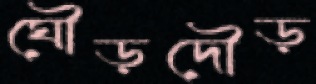
ঘৌড়দৌড়